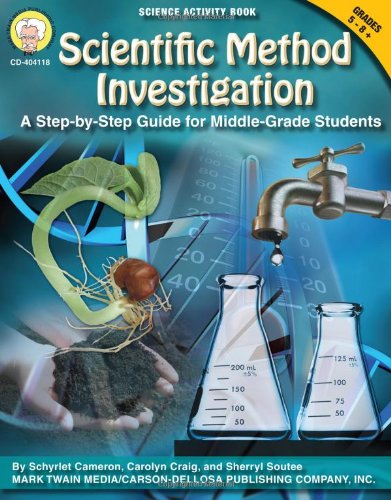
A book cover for Scientific Method Investigation: A Step-by-Step Guide for Middle-School Students (Science Activity Books); Schyrlet Cameron; Children's Books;